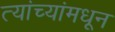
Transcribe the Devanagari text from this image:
त्यांच्यांमधून